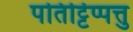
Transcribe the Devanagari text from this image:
पतिट्टिप्पत्तु